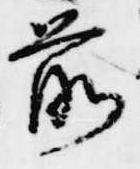
前